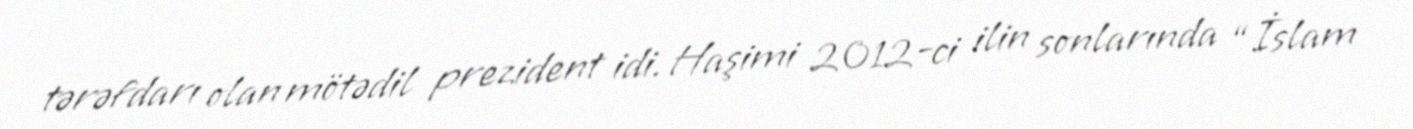
tərəfdarı olan mötədil prezident idi. Haşimi 2012-ci ilin sonlarında “İslam